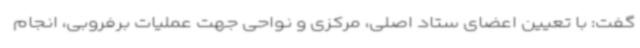
گفت: با تعیین اعضای ستاد اصلی، مرکزی و نواحی جهت عملیات برفروبی، انجام